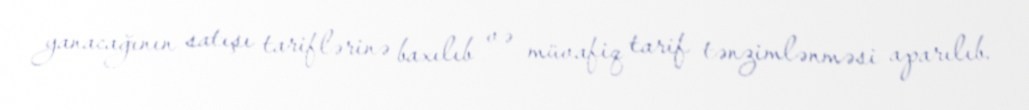
yanacağının satışı tariflərinə baxılıb və müvafiq tarif tənzimlənməsi aparılıb.